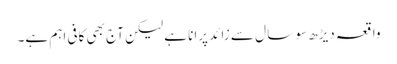
واقعہ دیڑھ سو سا ل سے زائد پرانا ہے لیکن آج بھی کافی اہم ہے۔